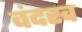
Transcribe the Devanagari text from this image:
वंदस्व